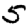
Digit: 5